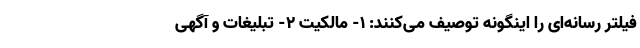
فیلتر رسانه‌ای را اینگونه توصیف می‌کنند: 1- مالکیت 2- تبلیغات و آگهی